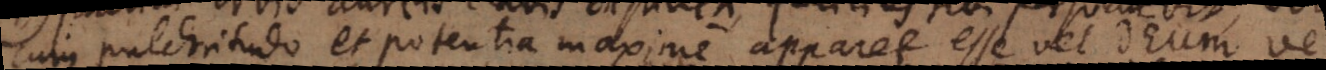
cujus pulchritudo et potentia maxime apparet esse vel Deum vel